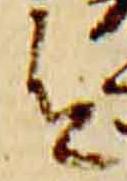
令